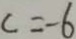
c = - 6